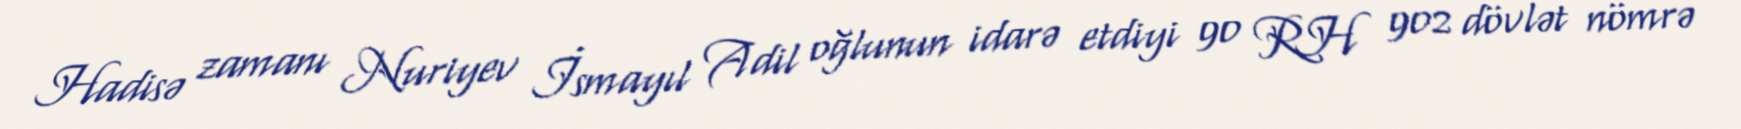
Hadisə zamanı Nuriyev İsmayıl Adil oğlunun idarə etdiyi 90 RH 902 dövlət nömrə